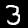
Label: 3